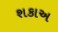
શકાઅ